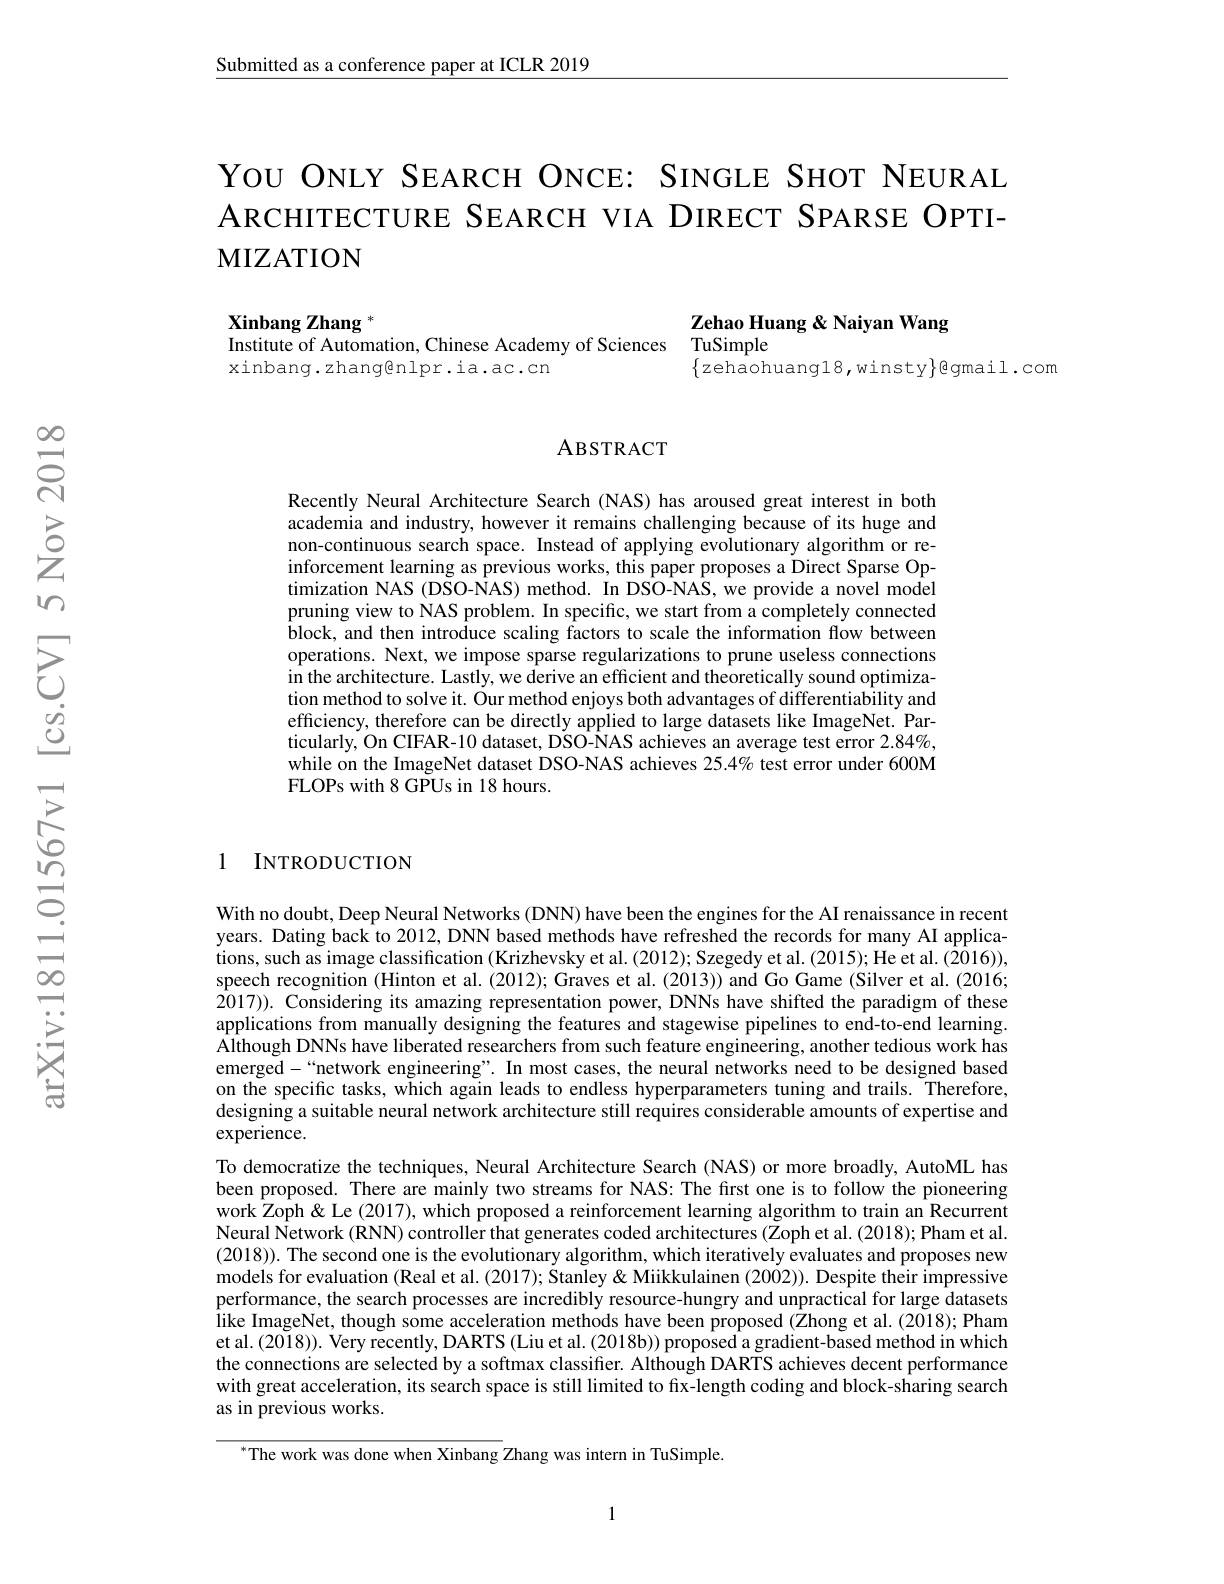
Submitted as a conference paper at ICLR 2019

YOU ONLY SEARCH ONCE: SINGLE SHOT NEURAL ARCHITECTURE SEARCH VIA DIRECT SPARSE OPTIMIZATION

Xinbang Zhang $^*$
Institute of Automation, Chinese Academy of Sciences
xinbang.zhang@nlpr.ia.ac.cn

Zehao Huang & Naiyan Wang
TuSimple

$\{z$ehaohuang18,winsty$\}$egmail.com

### ABSTRACT

Recently Neural Architecture Search (NAS) has aroused great interest in both academia and industry, however it remains challenging because of its huge and non-continuous search space. Instead of applying evolutionary algorithm or reinforcement learning as previous works, this paper proposes a Direct Sparse Optimization NAS (DŠO-NAS) method. In DSO-NAS, we provide a novel model pruning view to NAS problem. In specific, we start from a completely connected block, and then introduce scaling factors to scale the information flow between operations. Next, we impose sparse regularizations to prune useless connections in the architecture. Lastly, we derive an efficient and theoretically sound optimization method to solve it. Our method enjoys both advantages of differentiability and efficiency, therefore can be directly applied to large datasets like ImageNet. Particularly, On CIFAR-10 dataset, DSO-NAS achieves an average test error 2.84%, while on the ImageNet dataset DSO-NAS achieves $25.4\%$ test error under 600M FLOPs with 8 GPUs in 18 hours.

1 INTRODUCTION

With no doubt, Deep Neural Networks (DNN) have been the engines for the AI renaissance in recent years. Dating back to 2012, DNN based methods have refreshed the records for many AI applications, such as image classification (Krizhevsky et al. (2012); Szegedy et al. (2015); He et al. (2016)), speech recognition (Hinton et al. (2012); Graves et al. (2013)) and Go Game (Silver et al. (2016; $\hat{20}17)).$ Considering its amazing representation power, DNNs have shifted the paradigm of these applications from manually designing the features and stagewise pipelines to end-to-end learning. Although DNNs have liberated researchers from such feature engineering, another tedious work has emerged-“network engineering”. In most cases, the neural networks need to be designed based on the specific tasks, which again leads to endless hyperparameters tuning and trails. Therefore, designing a suitable neural network architecture still requires considerable amounts of expertise and experience.
To democratize the techniques, Neural Architecture Search (NAS) or more broadly, AutoML has been proposed. There are mainly two streams for NAS: The first one is to follow the pioneering work Zoph&Le (2017), which proposed a reinforcement learning algorithm to train an Recurrent Neural Network (RNN) controller that generates coded architectures (Zoph et al. (2018); Pham et al. (2018)). The second one is the evolutionary algorithm, which iteratively evaluates and proposes new models for evaluation (Real et al. (2017); Stanley & Miikkulainen (2002)). Despite their impressive performance, the search processes are incredibly resource-hungry and unpractical for large datasets like ImageNet, though some acceleration methods have been proposed (Zhong et al.(2018); Pham et al.(2018)). Very recently, DARTS (Liu et al. (2018b)) proposed a gradient-based method in which the connections are selected by a softmax classifier. Although DARTS achieves decent performance with great acceleration, its search space is still limited to fix-length coding and block-sharing search as in previous works.

$^{*}$The work was done when Xinbang Zhang was intern in TuSimple.

1